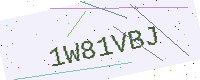
Text: 1W81VBJ